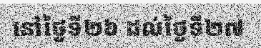
នៅថ្ងៃទី២៦ ដល់ថ្ងៃទី២៧